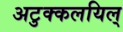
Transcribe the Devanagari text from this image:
अटुक्कलयिल्